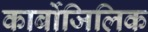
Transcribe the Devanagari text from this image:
कार्बोजिलिक